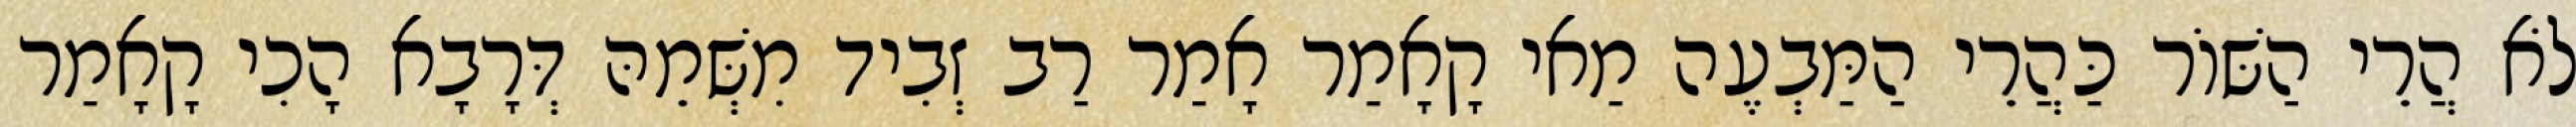
לֹא הֲרֵי הַשּׁוֹר כַּהֲרֵי הַמַּבְעֶה מַאי קָאָמַר אָמַר רַב זְבִיד מִשְּׁמֵהּ דְּרָבָא הָכִי קָאָמַר